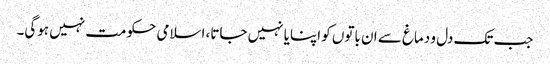
جب تک دل و دماغ سے ان باتوں کو اپنایا نہیں جاتا، اسلامی حکومت نہیں ہوگی۔